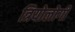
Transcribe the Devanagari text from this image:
त्रियोलोगी